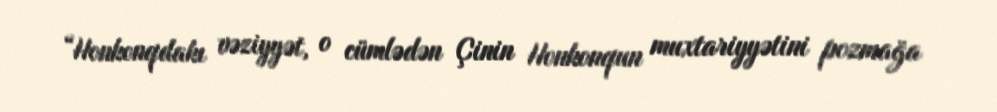
“Honkonqdakı vəziyyət, o cümlədən Çinin Honkonqun muxtariyyətini pozmağa